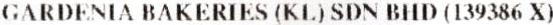
GARDENIA BAKERIES (KL) SDN BHD (139386 X)